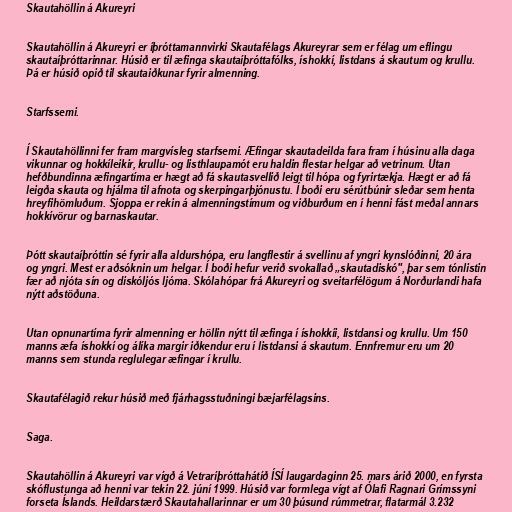
Skautahöllin á Akureyri

Skautahöllin á Akureyri er íþróttamannvirki Skautafélags Akureyrar sem er félag um eflingu
skautaíþróttarinnar. Húsið er til æfinga skautaíþróttafólks, íshokkí, listdans á skautum og krullu.
Þá er húsið opið til skautaiðkunar fyrir almenning.

Starfssemi.

Í Skautahöllinni fer fram margvísleg starfsemi. Æfingar skautadeilda fara fram í húsinu alla daga
vikunnar og hokkíleikir, krullu- og listhlaupamót eru haldin flestar helgar að vetrinum. Utan
hefðbundinna æfingartíma er hægt að fá skautasvellið leigt til hópa og fyrirtækja. Hægt er að fá
leigða skauta og hjálma til afnota og skerpingarþjónustu. Í boði eru sérútbúnir sleðar sem henta
hreyfihömluðum. Sjoppa er rekin á almenningstímum og viðburðum en í henni fást meðal annars
hokkívörur og barnaskautar.

Þótt skautaíþróttin sé fyrir alla aldurshópa, eru langflestir á svellinu af yngri kynslóðinni, 20 ára
og yngri. Mest er aðsóknin um helgar. Í boði hefur verið svokallað „skautadiskó", þar sem tónlistin
fær að njóta sín og diskóljós ljóma. Skólahópar frá Akureyri og sveitarfélögum á Norðurlandi hafa
nýtt aðstöðuna.

Utan opnunartíma fyrir almenning er höllin nýtt til æfinga í íshokkíi, listdansi og krullu. Um 150
manns æfa íshokkí og álíka margir iðkendur eru í listdansi á skautum. Ennfremur eru um 20
manns sem stunda reglulegar æfingar í krullu.

Skautafélagið rekur húsið með fjárhagsstuðningi bæjarfélagsins.

Saga.

Skautahöllin á Akureyri var vígð á Vetraríþróttahátíð ÍSÍ laugardaginn 25. mars árið 2000, en fyrsta
skóflustunga að henni var tekin 22. júní 1999. Húsið var formlega vígt af Ólafi Ragnari Grímssyni
forseta Íslands. Heildarstærð Skautahallarinnar er um 30 þúsund rúmmetrar, flatarmál 3.232